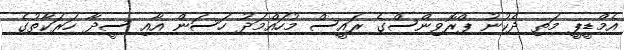
އެމްޑީޕީ މަތި ދެކުނު ޕްރޮވިންސްގެ ރައީސް މުހައްމަދު ހަސަން އާއި ސީދާ ހަރަކާތުގެ